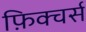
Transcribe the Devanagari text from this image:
फ़िक्चर्स